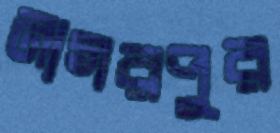
নাগরপুর